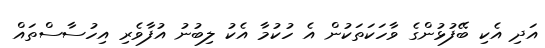
އަދި އެކި ބޭފުޅުންގެ ވާހަކަތަކުން އެ ހުކުމާ އެކު ލިބުނު އުފާވެރި އިހުސާސްތައް